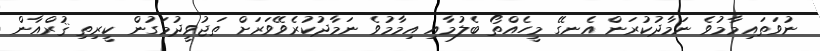
ނުވަތައިމާމުވެ ނަމާދުކުރަން އެނގޭ މީހެއްތޯ ބެލުމާއި އިމާމުވެ ނަމާދުކުރެވޭވަރަށް ތަޖުވީދުމަގުން ކީރިތި ޤުރްއާން